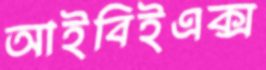
আইবিইএক্স